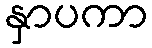
နှာပကာ